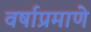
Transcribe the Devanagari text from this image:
वर्षाप्रमाणे